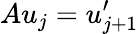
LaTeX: Au_{j}=u_{j+1}^{\prime}